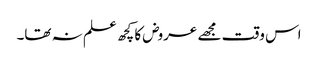
اس وقت مجھے عروض کا کچھ علم نہ تھا۔